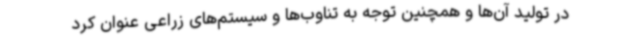
در تولید آن‌ها و همچنین توجه به تناوب‌ها و سیستم‌های زراعی عنوان کرد